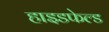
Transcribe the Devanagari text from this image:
हाइडफेल्ड